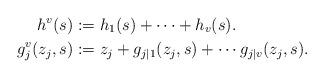
LaTeX: \begin{align*}h^v(s)&:=h_1(s)+\cdots+h_v(s).\\g_j^v(z_j,s)&:=z_j+g_{j|1}(z_j,s)+\cdots g_{j|v}(z_j,s).\end{align*}